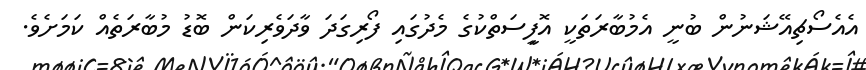
އެއެސޯޗިއޭޝަނުން ބުނީ އެމުބާރަތަކީ އޮފީިސަތްކުގެ މެދުގައި ފޯރިގަދަ ވާދަވެރިކަން ބޮޑު މުބާރަތެއް ކަމަށެވެ.